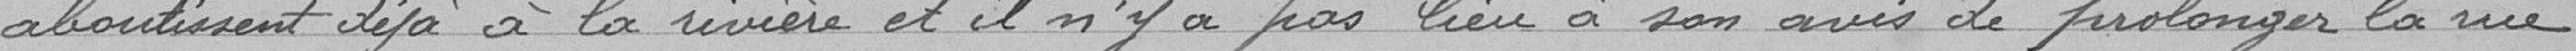
aboutissent déjà à la rivière et il n'y a pas lieu à son avis de prolonger la rue